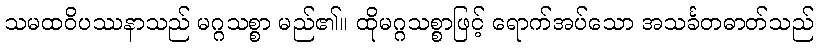
သမထဝိပဿနာသည် မဂ္ဂသစ္စာ မည်၏။ ထိုမဂ္ဂသစ္စာဖြင့် ရောက်အပ်သော အသင်္ခတဓာတ်သည်